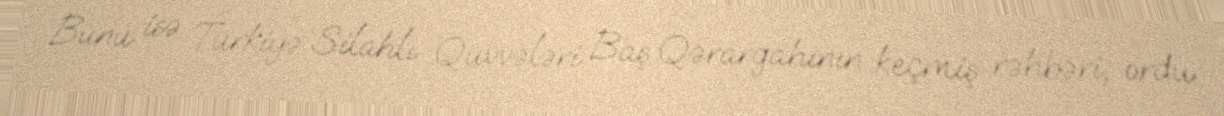
Bunu isə Türkiyə Silahlı Qüvvələri Baş Qərargahının keçmiş rəhbəri, ordu